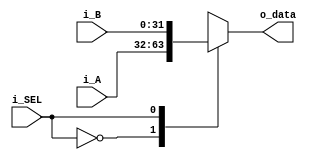
`timescale 1ns / 1ps

module mux2#(
        parameter   NB = 32
    )
    (
        input           i_SEL,
        input  [NB-1:0] i_A,
        input  [NB-1:0] i_B,
        output [NB-1:0] o_data
    
    );
    
    reg [NB-1:0] aux_reg;
    
    always @ (*) begin
        case (i_SEL)
            1'b0 : aux_reg <= i_A;
            1'b1 : aux_reg <= i_B;
        endcase
    end
    
    assign o_data = aux_reg;

endmodule